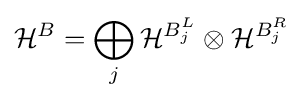
{\mathcal {H}}^{B}=\bigoplus _{j}{\mathcal {H}}^{B_{j}^{L}}\otimes {\mathcal {H}}^{B_{j}^{R}}